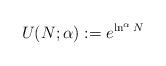
LaTeX: \begin{align*}U(N; \alpha) := e^{\ln^{\alpha} N}\end{align*}